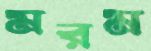
মরম